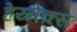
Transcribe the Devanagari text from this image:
हेय्नेक्स